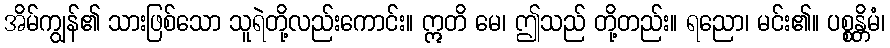
အိမ်ကျွန်၏ သားဖြစ်သော သူရဲတို့လည်းကောင်း။ ဣတိ မေ၊ ဤသည် တို့တည်း။ ရညော၊ မင်း၏။ ပစ္စန္တိမံ၊